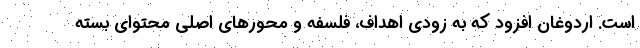
است. اردوغان افزود که به زودی اهداف، فلسفه و محورهای اصلی محتوای بسته